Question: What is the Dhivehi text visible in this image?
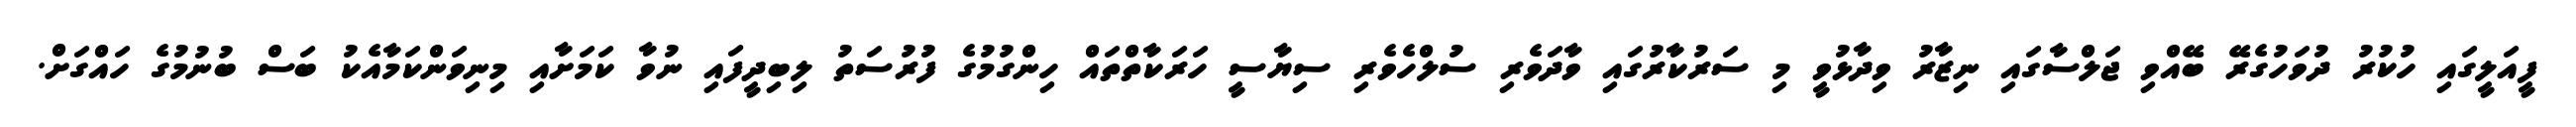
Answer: ފީއަލީގައި ހުކުރު ދުވަހުގެރޭ ބޭއްވި ޖަލްސާގައި ނިޒާރު ވިދާޅުވީ މި ސަރުކާރުގައި ވާދަވެރި ސުލްހެވެރި ސިޔާސީ ހަރަކާތްތައް ހިންގުމުގެ ފުރުސަތު ލިބިދީފައި ނުވާ ކަމަށާއި މިނިވަންކަމާއެކު ބަސް ބުނުމުގެ ހައްގަށް.